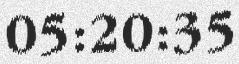
05:20:35